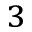
^ { 3 }